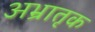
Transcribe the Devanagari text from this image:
अभ्रातृक